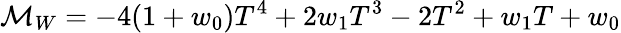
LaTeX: {\cal M}_{W}=-4(1+w_{0})T^{4}+2w_{1}T^{3}-2T^{2}+w_{1}T+w_{0}